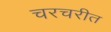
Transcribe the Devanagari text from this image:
चरचरीत